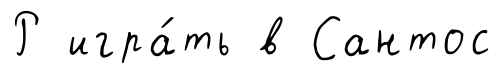
Р игра́ть в Сантос